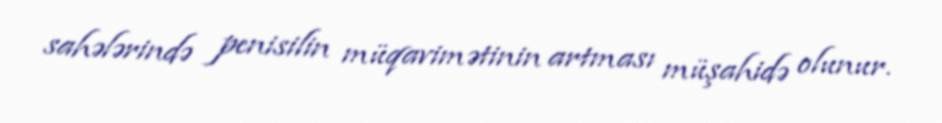
sahələrində penisilin müqavimətinin artması müşahidə olunur.